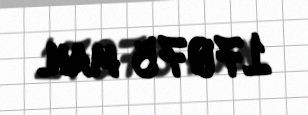
17075 man.